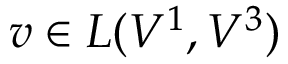
v \in L ( V ^ { 1 } , V ^ { 3 } )